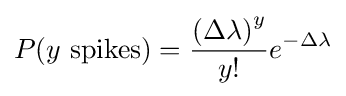
P(y{\textrm {~spikes}})={\frac {\left(\Delta \lambda \right)^{y}}{y!}}e^{-\Delta \lambda }